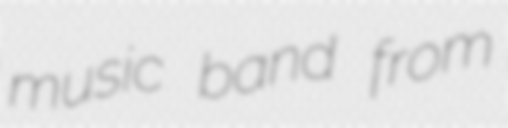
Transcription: music band from